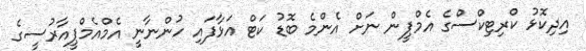
އިދިކޮޅު ކްރިޓިކްސްގެ އެމްޕީން ނަށް އެންމެ ބޮޑު ކަޓް އަޅާފައި ހުންނާނީ އެމްއެމްޕީއާރުސީގެ